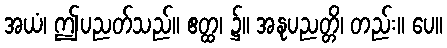
အယံ၊ ဤပညတ်သည်။ ဧတ္ထ၊ ၌။ အနုပညတ္တိ၊ တည်း။ ပေ။